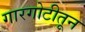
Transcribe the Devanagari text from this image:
गारगोटीतून